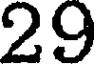
29